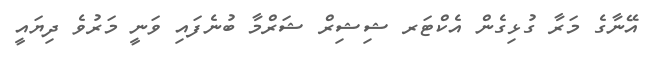
އޭނާގެ މަރާ ގުޅިގެން އެކްޓަރ ޝިޝިރް ޝަރްމާ ބުނެފައި ވަނީ މަރުވެ ދިޔައީ